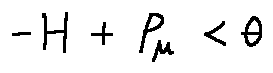
- H + P _ { \mu } < \theta